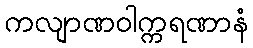
ကလျာဏဝါက္ကရဏာနံ